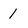
Character: I